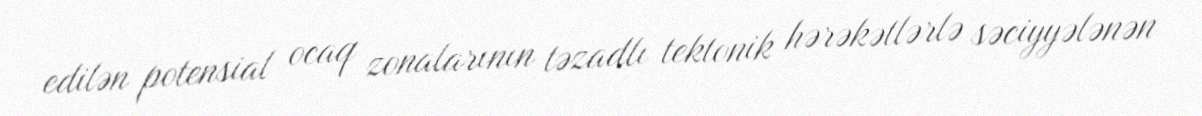
edilən potensial ocaq zonalarının təzadlı tektonik hərəkətlərlə səciyyələnən